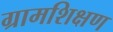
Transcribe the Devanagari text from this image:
ग्रामशिक्षण